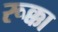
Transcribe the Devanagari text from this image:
रूक्का